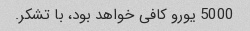
5000 یورو کافی خواهد بود، با تشکر.